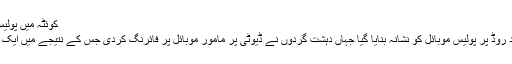
کوئٹہ میں پولیس اہلکار شہید (13 اکتوبر 2017)
13 اکتوبر کو کوئٹہ کے فقیر محمد روڈ پر پولیس موبائل کو نشانہ بنایا گیا جہاں دہشت گردوں نے ڈیوٹی پر مامور موبائل پر فائرنگ کردی جس کے نتیجے میں ایک پولیس اہلکار محمد علی شہید ہوگیا۔